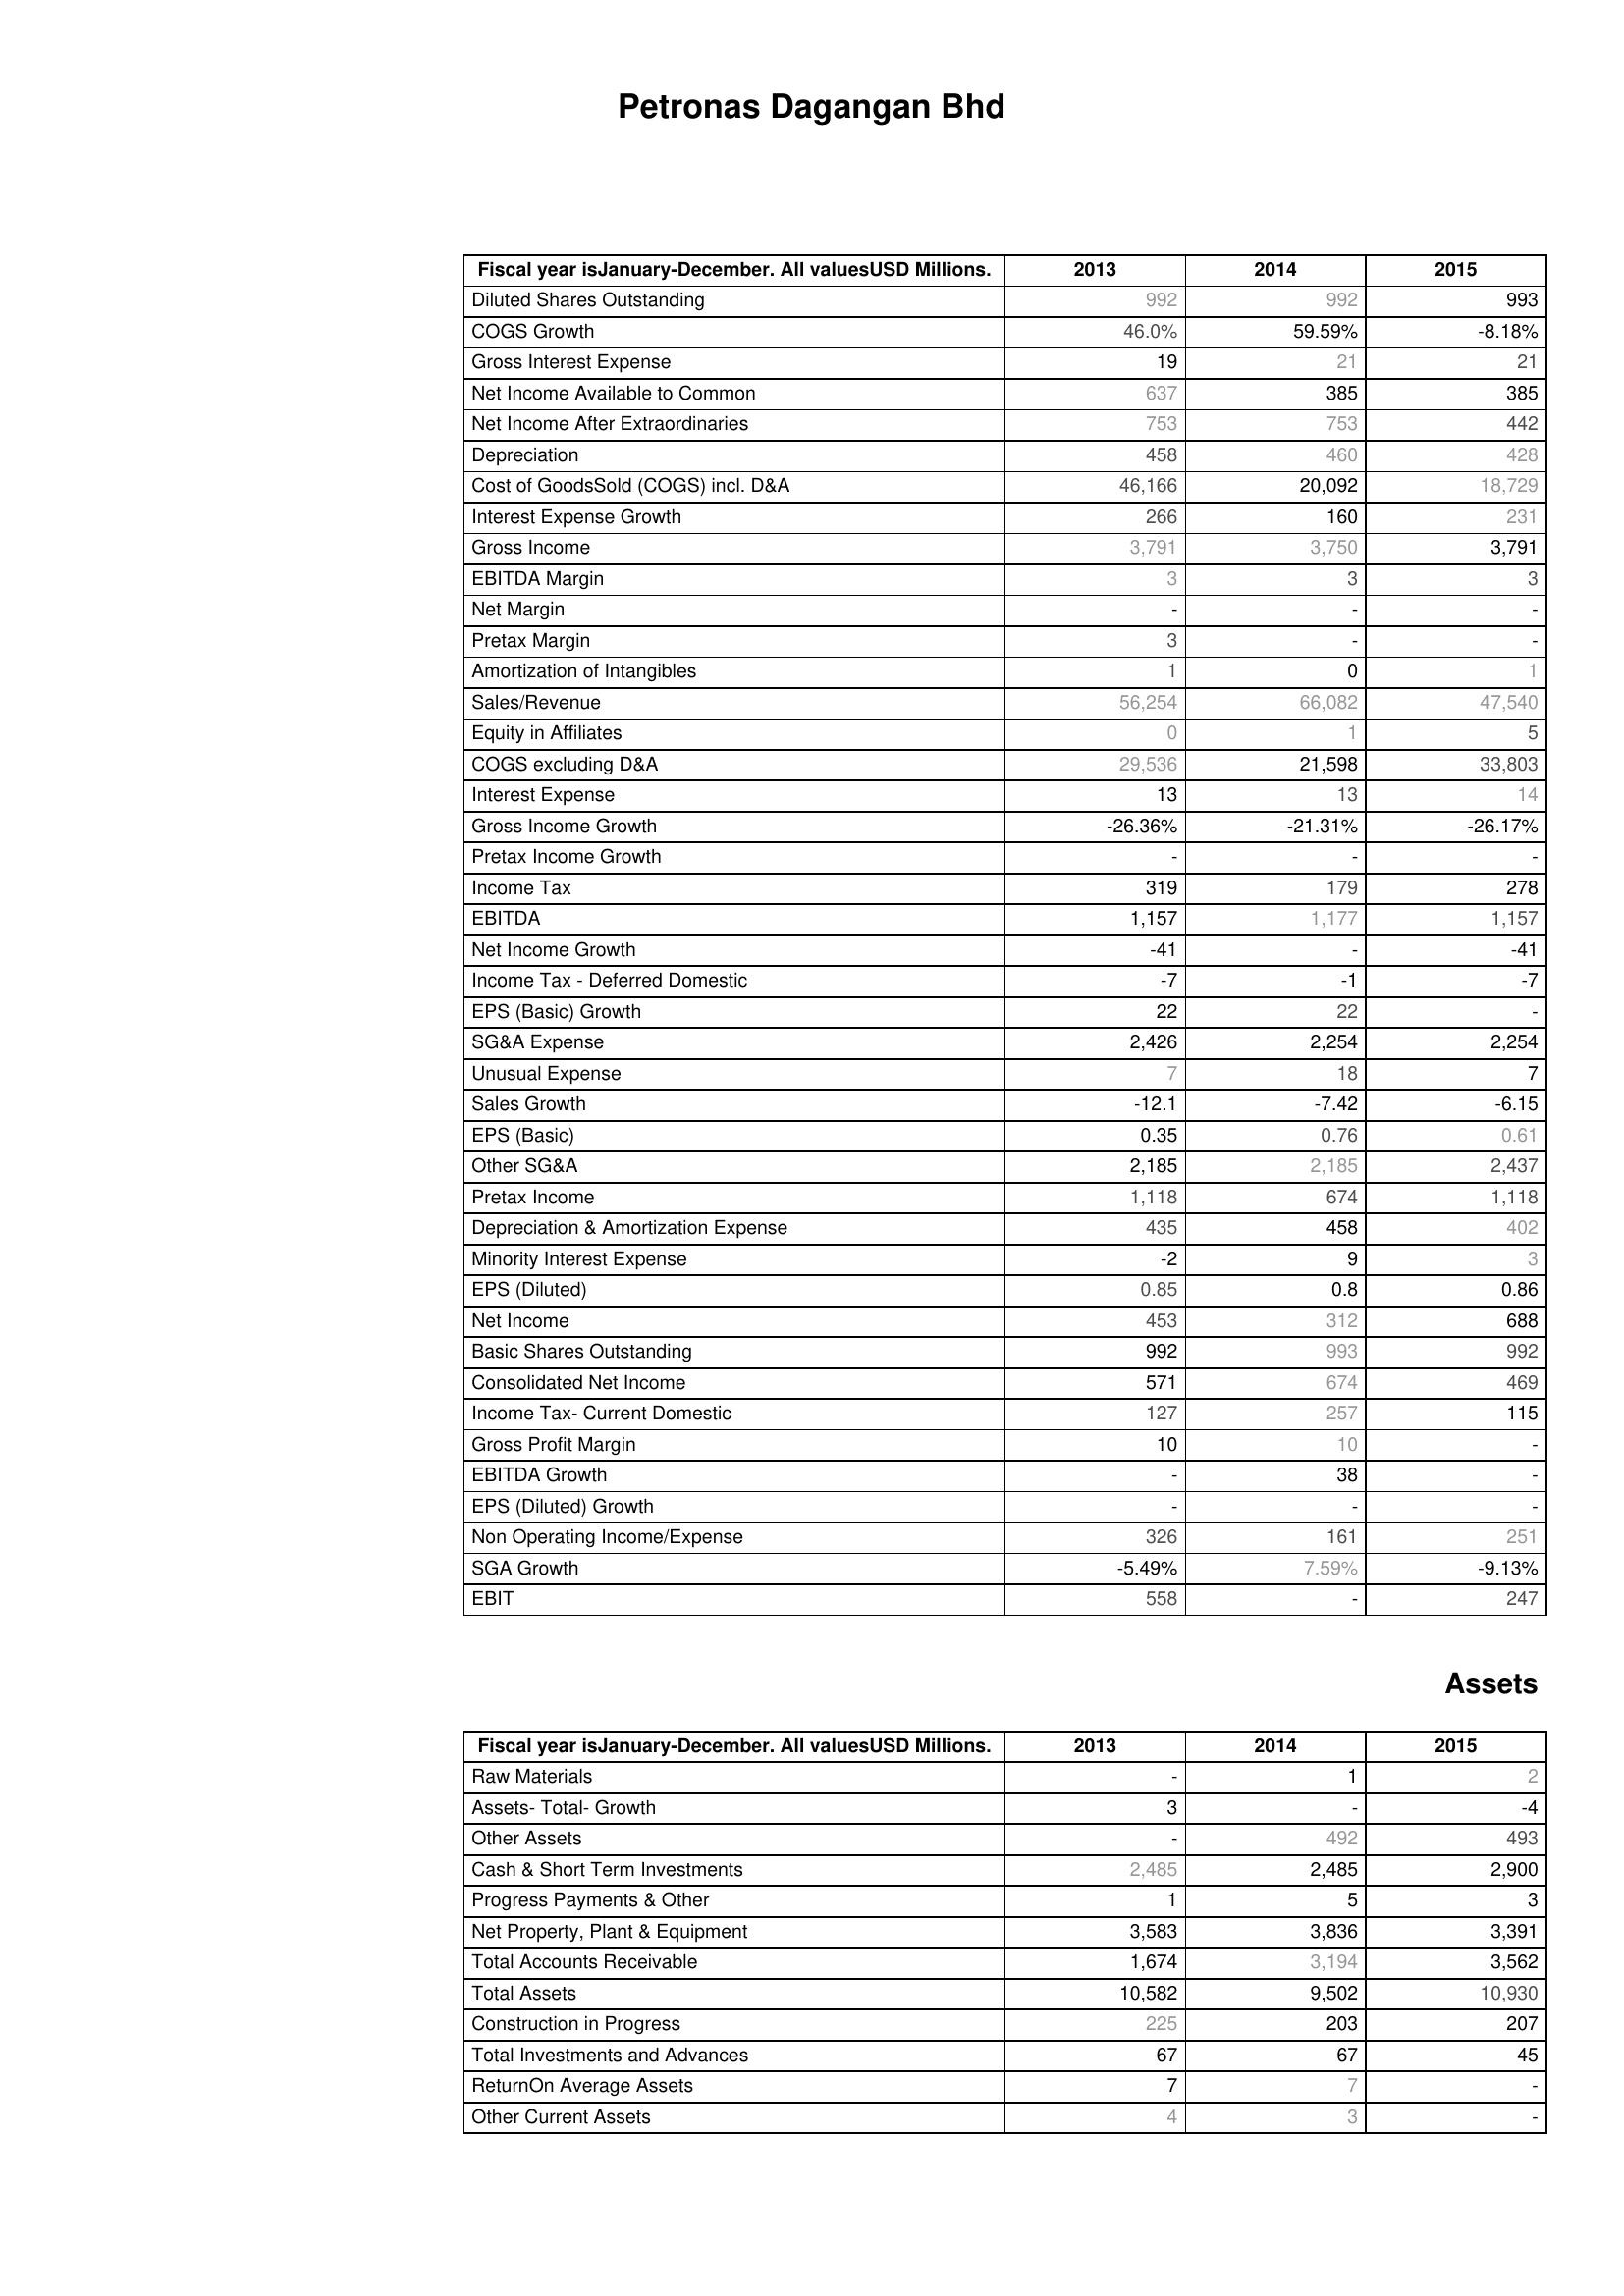
2013: : Diluted Shares Outstanding: 992
COGS Growth: 46.0%
Gross Interest Expense: 19
Net Income Available to Common: 637
Net Income After Extraordinaries: 753
Depreciation: 458
Cost of GoodsSold (COGS) incl. D&A: 46,166
Interest Expense Growth: 266
Gross Income: 3,791
EBITDA Margin: 3
Net Margin: -
Pretax Margin: 3
Amortization of Intangibles: 1
Sales/Revenue: 56,254
Equity in Affiliates: 0
COGS excluding D&A: 29,536
Interest Expense: 13
Gross Income Growth: -26.36%
Pretax Income Growth: -
Income Tax: 319
EBITDA: 1,157
Net Income Growth: -41
Income Tax - Deferred Domestic: -7
EPS (Basic) Growth: 22
SG&A Expense: 2,426
Unusual Expense: 7
Sales Growth: -12.1
EPS (Basic): 0.35
Other SG&A: 2,185
Pretax Income: 1,118
Depreciation & Amortization Expense: 435
Minority Interest Expense: -2
EPS (Diluted): 0.85
Net Income: 453
Basic Shares Outstanding: 992
Consolidated Net Income: 571
Income Tax- Current Domestic: 127
Gross Profit Margin: 10
EBITDA Growth: -
EPS (Diluted) Growth: -
Non Operating Income/Expense: 326
SGA Growth: -5.49%
EBIT: 558
Assets: Raw Materials: -
Assets- Total- Growth: 3
Other Assets: -
Cash & Short Term Investments: 2,485
Progress Payments & Other: 1
Net Property, Plant & Equipment: 3,583
Total Accounts Receivable: 1,674
Total Assets: 10,582
Construction in Progress: 225
Total Investments and Advances: 67
ReturnOn Average Assets: 7
Other Current Assets: 4
2014: : Diluted Shares Outstanding: 992
COGS Growth: 59.59%
Gross Interest Expense: 21
Net Income Available to Common: 385
Net Income After Extraordinaries: 753
Depreciation: 460
Cost of GoodsSold (COGS) incl. D&A: 20,092
Interest Expense Growth: 160
Gross Income: 3,750
EBITDA Margin: 3
Net Margin: -
Pretax Margin: -
Amortization of Intangibles: 0
Sales/Revenue: 66,082
Equity in Affiliates: 1
COGS excluding D&A: 21,598
Interest Expense: 13
Gross Income Growth: -21.31%
Pretax Income Growth: -
Income Tax: 179
EBITDA: 1,177
Net Income Growth: -
Income Tax - Deferred Domestic: -1
EPS (Basic) Growth: 22
SG&A Expense: 2,254
Unusual Expense: 18
Sales Growth: -7.42
EPS (Basic): 0.76
Other SG&A: 2,185
Pretax Income: 674
Depreciation & Amortization Expense: 458
Minority Interest Expense: 9
EPS (Diluted): 0.8
Net Income: 312
Basic Shares Outstanding: 993
Consolidated Net Income: 674
Income Tax- Current Domestic: 257
Gross Profit Margin: 10
EBITDA Growth: 38
EPS (Diluted) Growth: -
Non Operating Income/Expense: 161
SGA Growth: 7.59%
EBIT: -
Assets: Raw Materials: 1
Assets- Total- Growth: -
Other Assets: 492
Cash & Short Term Investments: 2,485
Progress Payments & Other: 5
Net Property, Plant & Equipment: 3,836
Total Accounts Receivable: 3,194
Total Assets: 9,502
Construction in Progress: 203
Total Investments and Advances: 67
ReturnOn Average Assets: 7
Other Current Assets: 3
2015: : Diluted Shares Outstanding: 993
COGS Growth: -8.18%
Gross Interest Expense: 21
Net Income Available to Common: 385
Net Income After Extraordinaries: 442
Depreciation: 428
Cost of GoodsSold (COGS) incl. D&A: 18,729
Interest Expense Growth: 231
Gross Income: 3,791
EBITDA Margin: 3
Net Margin: -
Pretax Margin: -
Amortization of Intangibles: 1
Sales/Revenue: 47,540
Equity in Affiliates: 5
COGS excluding D&A: 33,803
Interest Expense: 14
Gross Income Growth: -26.17%
Pretax Income Growth: -
Income Tax: 278
EBITDA: 1,157
Net Income Growth: -41
Income Tax - Deferred Domestic: -7
EPS (Basic) Growth: -
SG&A Expense: 2,254
Unusual Expense: 7
Sales Growth: -6.15
EPS (Basic): 0.61
Other SG&A: 2,437
Pretax Income: 1,118
Depreciation & Amortization Expense: 402
Minority Interest Expense: 3
EPS (Diluted): 0.86
Net Income: 688
Basic Shares Outstanding: 992
Consolidated Net Income: 469
Income Tax- Current Domestic: 115
Gross Profit Margin: -
EBITDA Growth: -
EPS (Diluted) Growth: -
Non Operating Income/Expense: 251
SGA Growth: -9.13%
EBIT: 247
Assets: Raw Materials: 2
Assets- Total- Growth: -4
Other Assets: 493
Cash & Short Term Investments: 2,900
Progress Payments & Other: 3
Net Property, Plant & Equipment: 3,391
Total Accounts Receivable: 3,562
Total Assets: 10,930
Construction in Progress: 207
Total Investments and Advances: 45
ReturnOn Average Assets: -
Other Current Assets: -